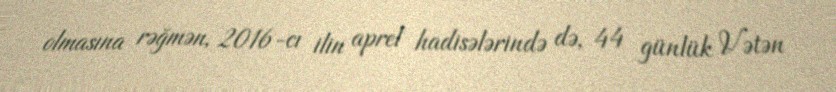
olmasına rəğmən, 2016-cı ilin aprel hadisələrində də, 44 günlük Vətən